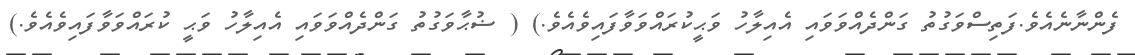
ފެންނާނެއެވެ.ފަތިސްވަގުތު ގަންދެއްވަވައި އެއިލާހު ވަޙީކުރައްވަވާފައިވެއެވެ.) ( ޟުޙާވަގުތު ގަންދެއްވަވައި އެއިލާހު ވަޙީ ކުރައްވަވާފައިވެއެވެ.)